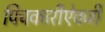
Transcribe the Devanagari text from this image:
पिचकारीऐवजी